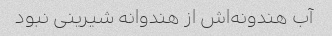
آب هندونه‌اش از هندوانه شیرینی نبود